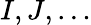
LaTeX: I,J,\ldots